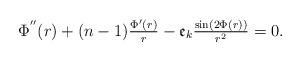
LaTeX: \begin{align*}\Phi^{''}(r)+(n-1)\tfrac{\Phi'(r)}{r}-\mathfrak{e}_k\tfrac{\sin(2\Phi(r))}{r^2}=0.\end{align*}